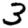
Digit: 3